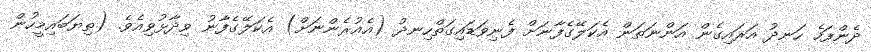
ދެންފަހެ ހަނދު އަރައިގެން އަންނަތަން އެކަލޭގެފާނަށް ފެނިވަޑައިގަތްހިނދު (އެއުރެންނަށް) އެކަލޭގެފާނު ވިދާޅުވިއެވެ. (ތިޔަބައިމީހުން